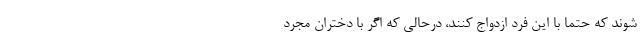
شوند که حتما با این فرد ازدواج کنند، درحالی که اگر با دختران مجرد